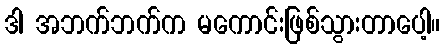
ဒါ အဘက်ဘက်က မကောင်းဖြစ်သွားတာပေါ့။